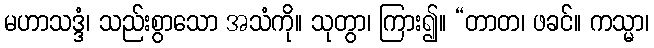
မဟာသဒ္ဒံ၊ သည်းစွာသော အသံကို။ သုတွာ၊ ကြား၍။ “တာတ၊ ဖခင်။ ကသ္မာ၊